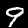
Digit: 9